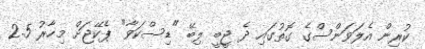
ކުރިން އެލަވަންސްގެ ގޮތުގައި ދެ ޖީބީ ލިބޭ "ޑިސްކަވާ" ޕެކޭޖަށް މިހާރު 2.5